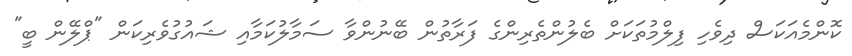
ކޮންމެއަކަސް ދިވެހި ފިލްމުތަކަށް ބެލުންތެރިންގެ ފަރާތުން ބޭނުންވާ ސަމާލުކަމާއި ޝައުގުވެރިކަން "ޕްލޭން ބީ"